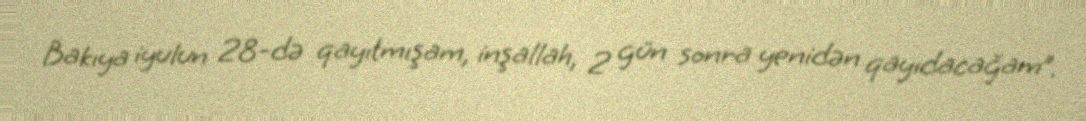
Bakıya iyulun 28-də qayıtmışam, inşallah, 2 gün sonra yenidən qayıdacağam”.